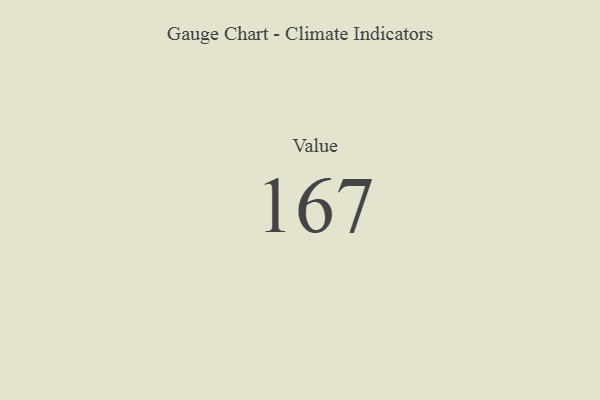
{"axis": {"x": "Metric", "y": "Value"}, "legend": [""], "data": [{"x": "Value", "y": 167, "type": ""}]}